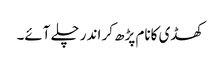
کھڈی کانام پڑھ کر اندر چلے آئے۔